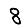
Digit: 8